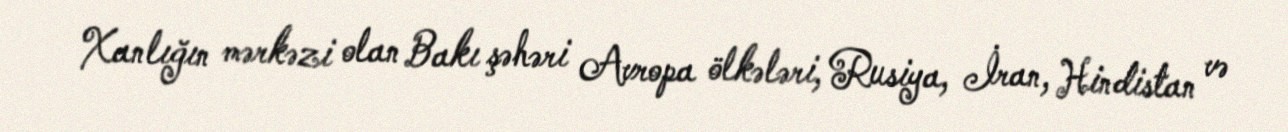
Xanlığın mərkəzi olan Bakı şəhəri Avropa ölkələri, Rusiya, İran, Hindistan və